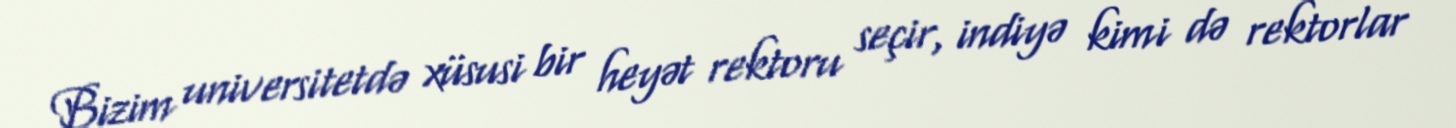
Bizim universitetdə xüsusi bir heyət rektoru seçir, indiyə kimi də rektorlar